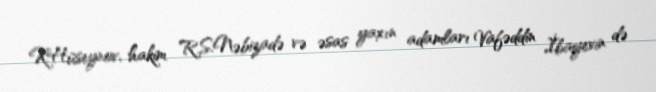
K.Hüseynov, hakim R.S.Nəbizadə və əsas yaxın adamları Vafəddin İbayevin də